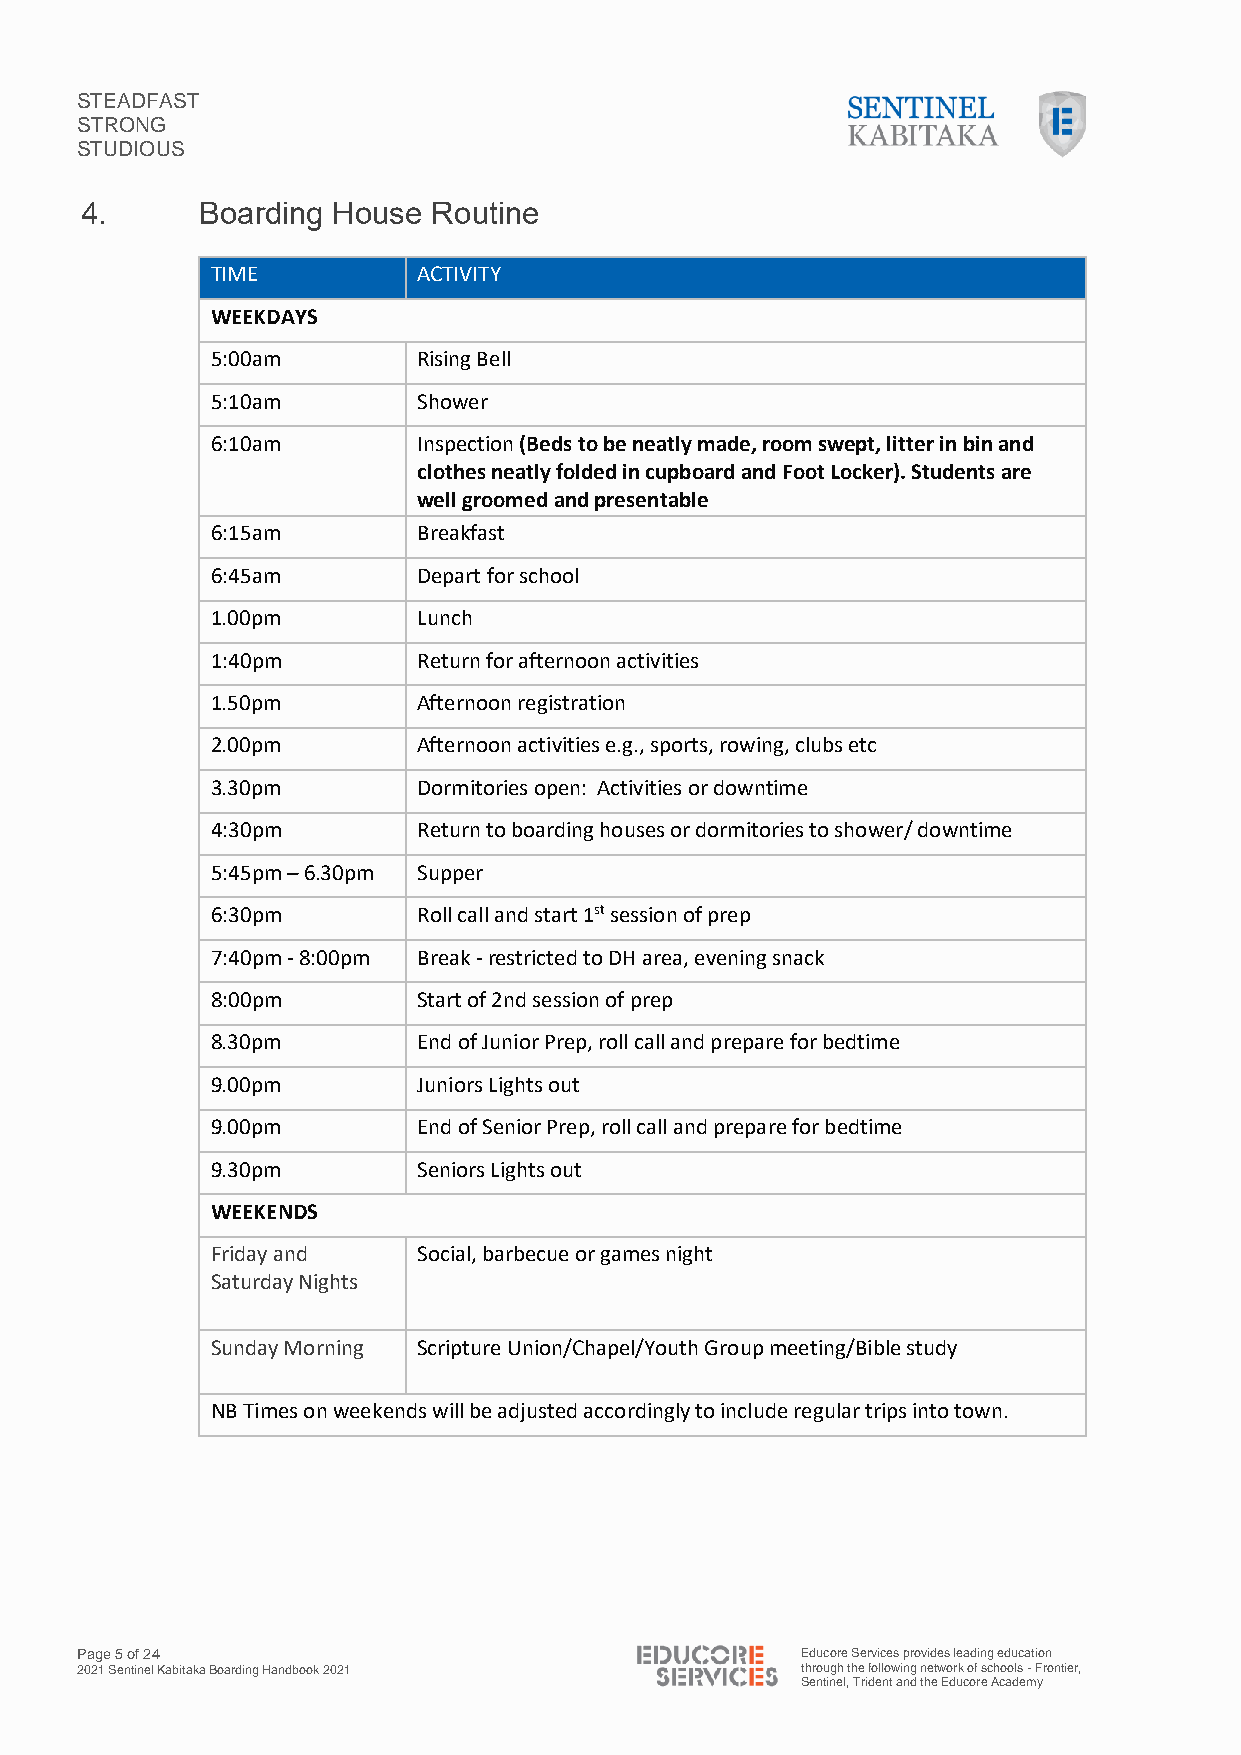
STEADFAST
 STRONG
 STUDIOUS
 4.      Boarding House  Routine
 TIME          ACTIVITY
 WEEKDAYS
 5:00am        Rising Bell
 5:10am        Shower
 6:10am        Inspection (Beds to be neatly made, room swept, litter in bin and
 clothes neatly folded in cupboard and Foot Locker). Students are
 well groomed and presentable
 6:15am        Breakfast
 6:45am        Depart for school
 1.00pm        Lunch
 1:40pm        Return for afternoon activities
 1.50pm        Afternoon registration
 2.00pm        Afternoon activities e.g., sports, rowing, clubs etc
 3.30pm        Dormitories open: Activities or downtime
 4:30pm        Return to boarding houses or dormitories to shower/ downtime
 5:45pm – 6.30pm Supper
 6:30pm        Roll call and start 1st session of prep
 7:40pm - 8:00pm Break - restricted to DH area, evening snack
 8:00pm        Start of 2nd session of prep
 8.30pm        End of Junior Prep, roll call and prepare for bedtime
 9.00pm        Juniors Lights out
 9.00pm        End of Senior Prep, roll call and prepare for bedtime
 9.30pm        Seniors Lights out
 WEEKENDS
 Friday and    Social, barbecue or games night
 Saturday Nights
 Sunday Morning Scripture Union/Chapel/Youth Group meeting/Bible study
 NB Times on weekends will be adjusted accordingly to include regular trips into town.
 Page 5 of 24                                    Educore Services provides leading education
 2021 Sentinel Kabitaka Boarding Handbook 2021   through the following network of schools - Frontier,
 Sentinel, Trident and the Educore Academy